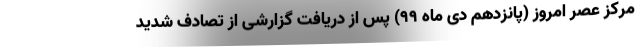
مرکز عصر امروز (پانزدهم دی ماه ۹۹) پس از دریافت گزارشی از تصادف شدید